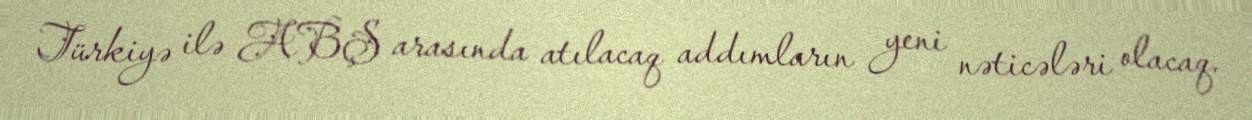
Türkiyə ilə ABŞ arasında atılacaq addımların yeni nəticələri olacaq.